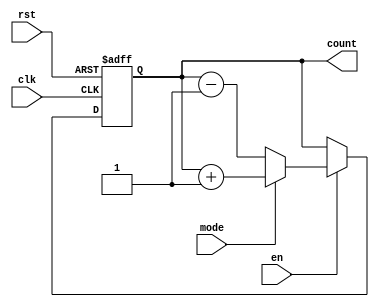
module chained_parallel_counter (
    input wire clk,          // Clock input
    input wire rst,          // Reset input (asynchronous)
    input wire en,           // Count enable input
    input wire mode,         // Mode control: 1 for up, 0 for down
    output reg [N-1:0] count // N-bit count output
);

// Parameter to define the bit-width of the counter, can be modified as needed
parameter N = 4; // Number of bits in the counter

always @(posedge clk or posedge rst) begin
    if (rst) begin
        // Asynchronous reset: set count to zero
        count <= {N{1'b0}}; // Reset count to 0
    end else if (en) begin
        if (mode) begin
            // Count up
            count <= count + 1'b1;
        end else begin
            // Count down
            count <= count - 1'b1;
        end
    end
end

endmodule